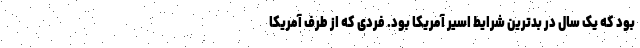
بود که یک سال در بدترین شرایط اسیر آمریکا بود. فردی که از طرف آمریکا